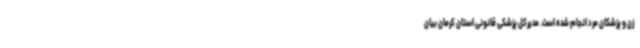
زن و پزشکان مرد انجام شده است. مدیرکل پزشکی قانونی استان کرمان بیان